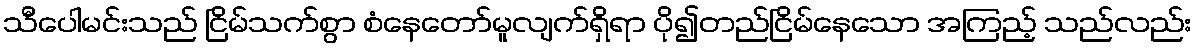
သီပေါမင်းသည် ငြိမ်သက်စွာ စံနေတော်မူလျက်ရှိရာ ပို၍တည်ငြိမ်နေသော အကြည့် သည်လည်း